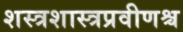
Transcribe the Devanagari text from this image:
शस्त्रशास्त्रप्रवीणश्च